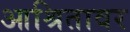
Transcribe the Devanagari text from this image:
आश्रितावर